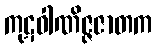
ကုဋဝါဏိဇ္ဇဇာတက